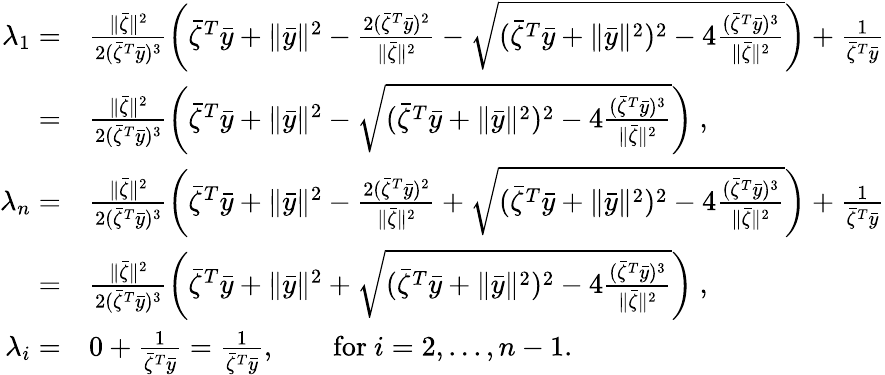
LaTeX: \begin{array}{rl}{\lambda_{1}=}&{\frac{\| \bar{\zeta}\| ^{2}}{2(\bar{\zeta}^{T}\bar{y})^{3}}\left(\bar{\zeta}^{T}\bar{y}+\| \bar{y}\| ^{2}-\frac{2(\bar{\zeta}^{T}\bar{y})^{2}}{\| \bar{\zeta}\| ^{2}}-\sqrt{(\bar{\zeta}^{T}\bar{y}+\| \bar{y}\| ^{2})^{2}-4\frac{(\bar{\zeta}^{T}\bar{y})^{3}}{\| \bar{\zeta}\| ^{2}}}\right)+\frac{1}{\bar{\zeta}^{T}\bar{y}}}\\ {=}&{\frac{\| \bar{\zeta}\| ^{2}}{2(\bar{\zeta}^{T}\bar{y})^{3}}\left(\bar{\zeta}^{T}\bar{y}+\| \bar{y}\| ^{2}-\sqrt{(\bar{\zeta}^{T}\bar{y}+\| \bar{y}\| ^{2})^{2}-4\frac{(\bar{\zeta}^{T}\bar{y})^{3}}{\| \bar{\zeta}\| ^{2}}}\right)\ ,}\\ {\lambda_{n}=}&{\frac{\| \bar{\zeta}\| ^{2}}{2(\bar{\zeta}^{T}\bar{y})^{3}}\left(\bar{\zeta}^{T}\bar{y}+\| \bar{y}\| ^{2}-\frac{2(\bar{\zeta}^{T}\bar{y})^{2}}{\| \bar{\zeta}\| ^{2}}+\sqrt{(\bar{\zeta}^{T}\bar{y}+\| \bar{y}\| ^{2})^{2}-4\frac{(\bar{\zeta}^{T}\bar{y})^{3}}{\| \bar{\zeta}\| ^{2}}}\right)+\frac{1}{\bar{\zeta}^{T}\bar{y}}}\\ {=}&{\frac{\| \bar{\zeta}\| ^{2}}{2(\bar{\zeta}^{T}\bar{y})^{3}}\left(\bar{\zeta}^{T}\bar{y}+\| \bar{y}\| ^{2}+\sqrt{(\bar{\zeta}^{T}\bar{y}+\| \bar{y}\| ^{2})^{2}-4\frac{(\bar{\zeta}^{T}\bar{y})^{3}}{\| \bar{\zeta}\| ^{2}}}\right)\ ,}\\ {\lambda_{i}=}&{0+\frac{1}{\bar{\zeta}^{T}\bar{y}}=\frac{1}{\bar{\zeta}^{T}\bar{y}},\qquad\mathrm{for~}i=2,...,n-1.}\end{array}